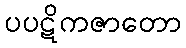
ပပဋိကဇာတော